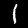
Digit: 1